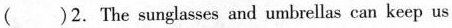
( )2.The sunglasses and umbrellas can keep us